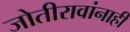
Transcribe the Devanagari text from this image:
जोतीरावांनाही